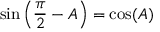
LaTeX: \sin \left( { \frac { \pi } { 2 } } - A \right) = \cos ( A )